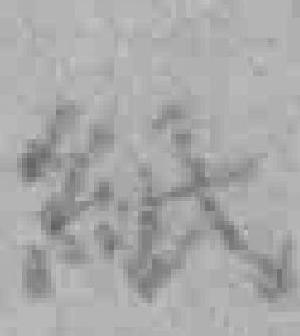
紙